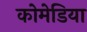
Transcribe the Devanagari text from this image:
कोमेडिया